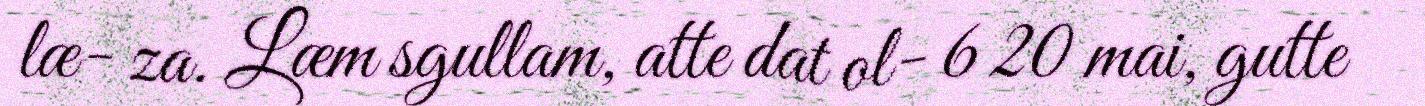
læ- za. Læm sgullam, atte dat ol- 6 20 mai, gutte